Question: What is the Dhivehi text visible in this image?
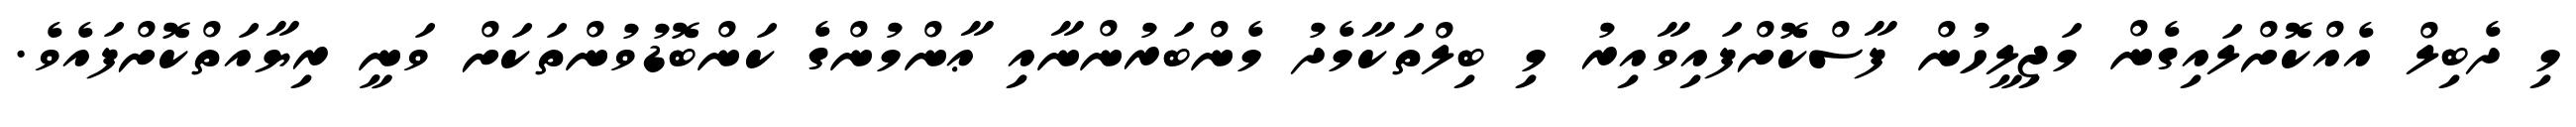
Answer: މި ދެބިލް އެއްކޮށްލައިގެން މަޖިލީހުން ފާސްކޮށްފައިވާއިރު މި ބިލްތަކާމެދު މެންބަރުންނާއި ޢާންމުންގެ ކަންބޮޑުވުންތަކަށް ވަނީ ރިޔާއަތްކޮށްފައެވެ.